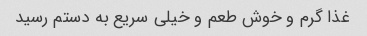
غذا گرم و خوش طعم و خیلی سریع به دستم رسید